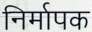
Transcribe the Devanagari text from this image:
निर्मापक